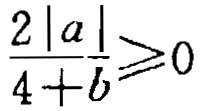
\frac{2|a|}{4 + b}\geqslant0